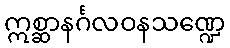
ဣစ္ဆာနင်္ဂလဝနသဏ္ဍေ